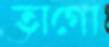
তাগো